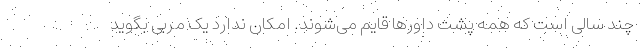
چند سالی است که همه پشت داورها قایم می‌شوند. امکان ندارد یک مربی بگوید